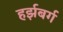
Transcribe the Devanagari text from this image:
हर्झबर्ग